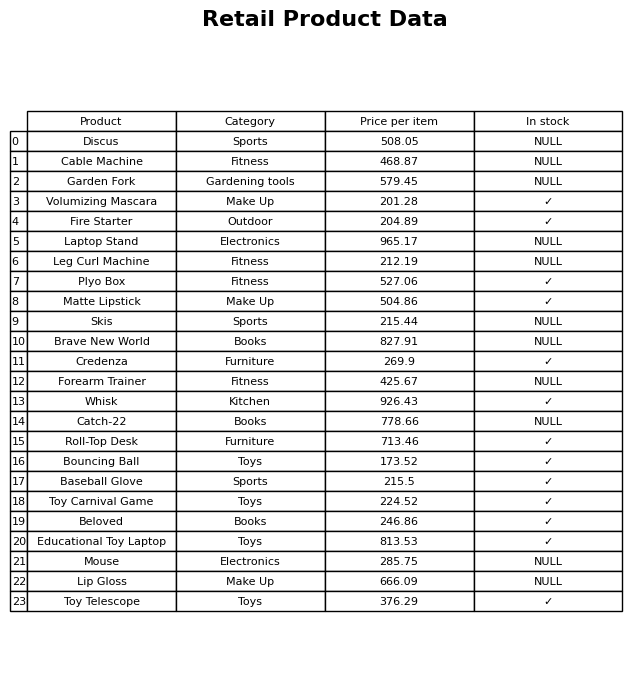
question: What is the price for Discus?
answer: The price of Discus is 508.05.